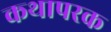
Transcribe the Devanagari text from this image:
कथापरक